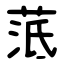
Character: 䓜